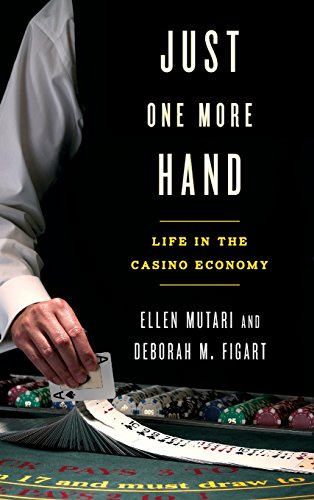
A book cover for Just One More Hand: Life in the Casino Economy; Ellen Mutari; Health, Fitness & Dieting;